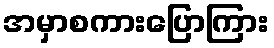
အမှာစကားပြောကြား